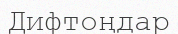
Дифтоңдар